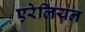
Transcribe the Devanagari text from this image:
एरेलियन